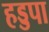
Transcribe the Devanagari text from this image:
हड्डपा